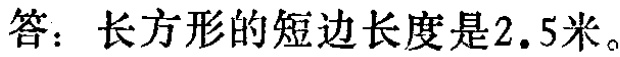
答：长方形的短边长度是\(2.5\)米。